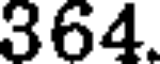
364.